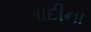
ગાદીના